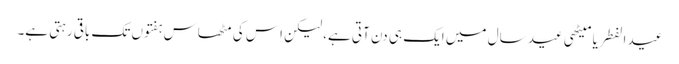
عید الفطر یا میٹھی عید سال میں ایک ہی دن آتی ہے، لیکن اِس کی مٹھاس ہفتوں تک باقی رہتی ہے۔